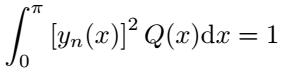
\[
\int_{0}^{\pi} [y_{n}(x)]^{2} Q(x) \mathrm{d}x = 1
\]